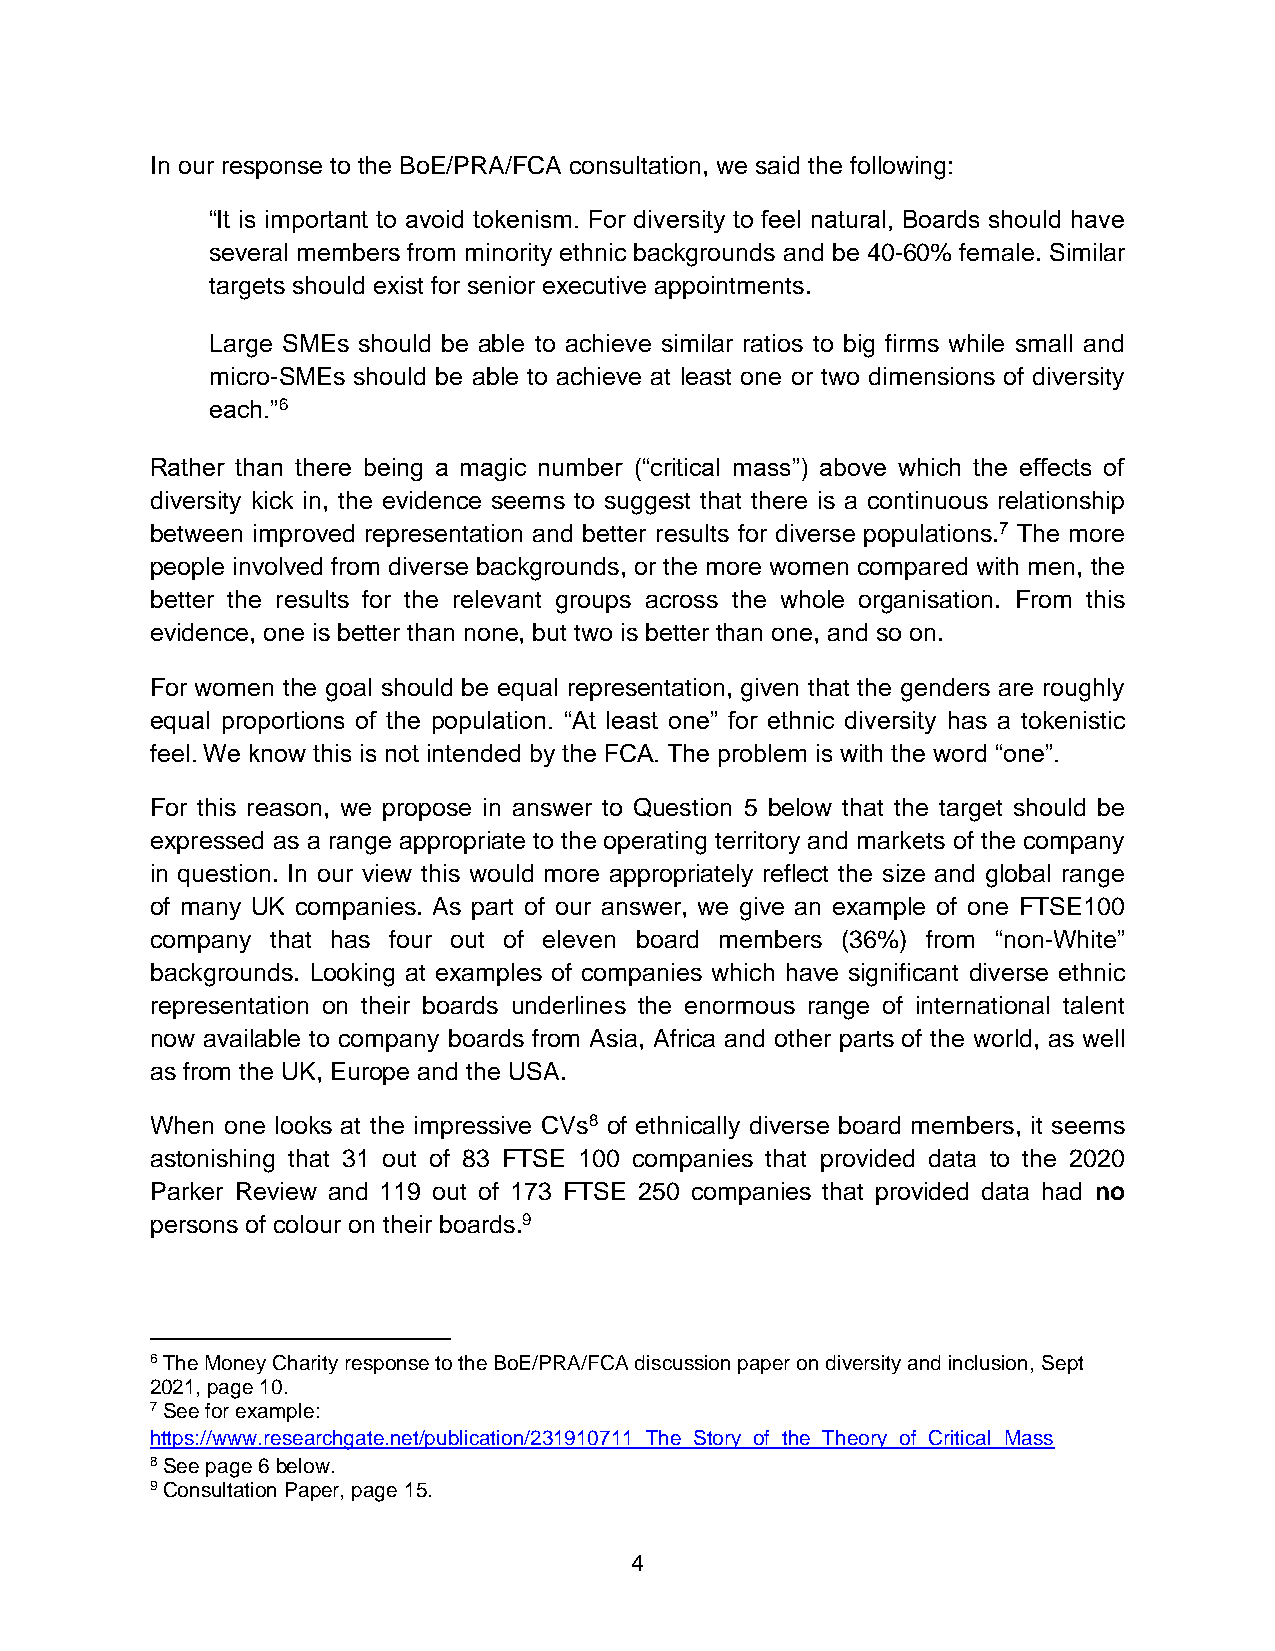
In our response to the BoE/PRA/FCA consultation, we said the following:
 “It is important to avoid tokenism. For diversity to feel natural, Boards should have
 several members from minority ethnic backgrounds and be 40-60% female. Similar
 targets should exist for senior executive appointments.
 Large SMEs should be able to achieve similar ratios to big firms while small and
 micro-SMEs should be able to achieve at least one or two dimensions of diversity
 each.”6
 Rather than there being a magic number (“critical mass”) above which the effects of
 diversity kick in, the evidence seems to suggest that there is a continuous relationship
 between improved representation and better results for diverse populations.7 The more
 people involved from diverse backgrounds, or the more women compared with men, the
 better the results for the relevant groups across the whole organisation. From this
 evidence, one is better than none, but two is better than one, and so on.
 For women the goal should be equal representation, given that the genders are roughly
 equal proportions of the population. “At least one” for ethnic diversity has a tokenistic
 feel. We know this is not intended by the FCA. The problem is with the word “one”.
 For this reason, we propose in answer to Question 5 below that the target should be
 expressed as a range appropriate to the operating territory and markets of the company
 in question. In our view this would more appropriately reflect the size and global range
 of many UK companies. As part of our answer, we give an example of one FTSE100
 company that has four out of eleven board members (36%) from “non-White”
 backgrounds. Looking at examples of companies which have significant diverse ethnic
 representation on their boards underlines the enormous range of international talent
 now available to company boards from Asia, Africa and other parts of the world, as well
 as from the UK, Europe and the USA.
 When one looks at the impressive CVs8 of ethnically diverse board members, it seems
 astonishing that 31 out of 83 FTSE 100 companies that provided data to the 2020
 Parker Review and 119 out of 173 FTSE 250 companies that provided data had no
 persons of colour on their boards.9
 6 The Money Charity response to the BoE/PRA/FCA discussion paper on diversity and inclusion, Sept
 2021, page 10.
 7 See for example:
 https://www.researchgate.net/publication/231910711_The_Story_of_the_Theory_of_Critical_Mass
 8 See page 6 below.
 9 Consultation Paper, page 15.
 4